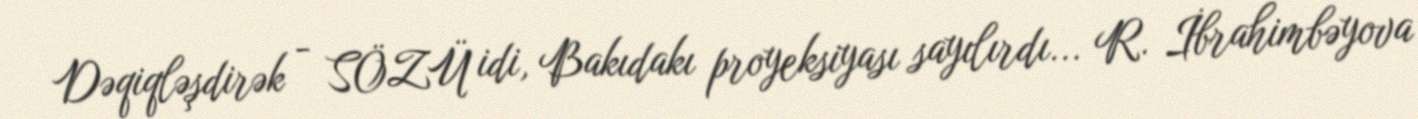
Dəqiqləşdirək - SÖZÜ idi, Bakıdakı proyeksiyası sayılırdı... R. İbrahimbəyova